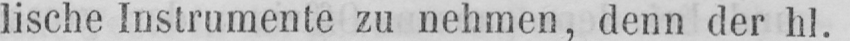
lische Instrumente zu nehmen, denn der hl.